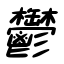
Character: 鬱